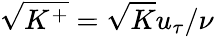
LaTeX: \sqrt{K^{+}}=\sqrt{K}u_{\tau}/\nu